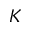
K